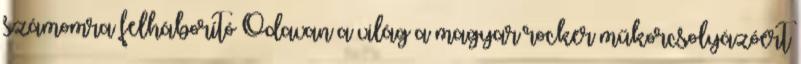
számomra felháborító Odavan a világ a magyar rocker műkorcsolyázóért